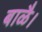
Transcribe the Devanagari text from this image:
बाळै।